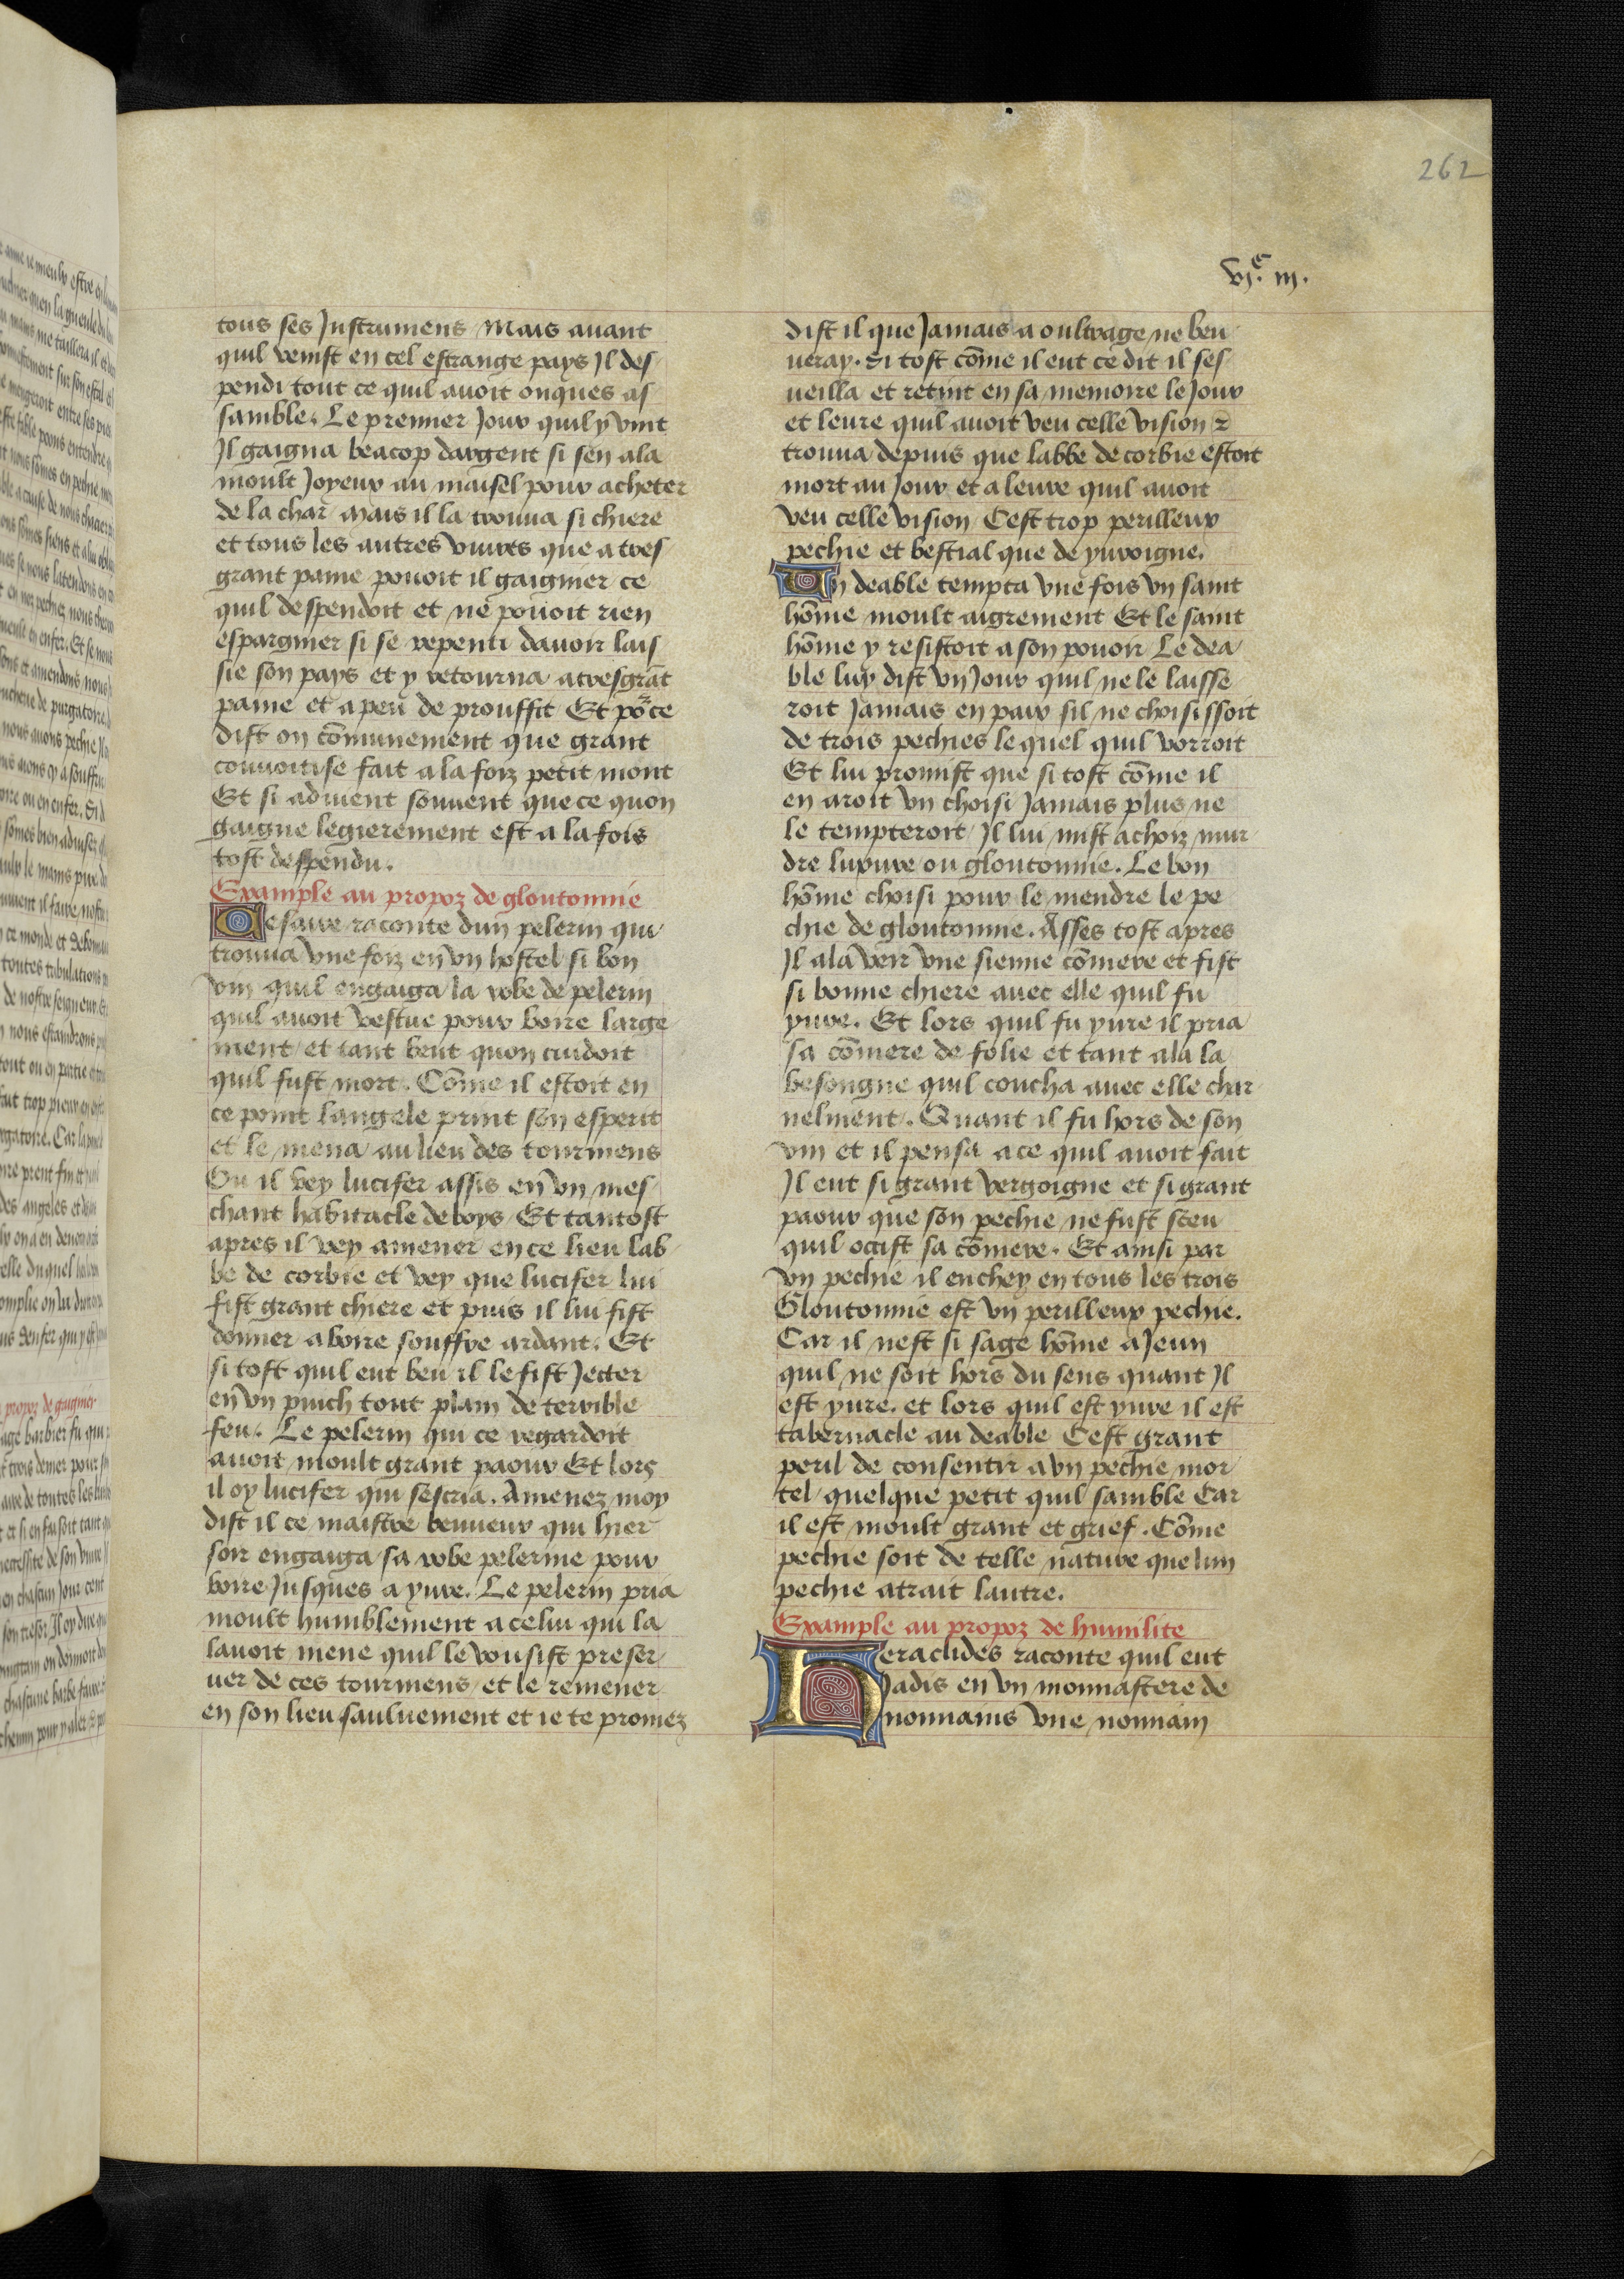
Shelfmark: Bruxelles, KBR, ms. 9232
Century: 15